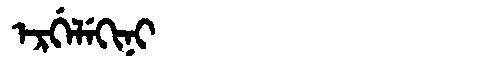
Manchu: ᡝᡵᡤᡝᠯᡝᡴᡳᠨᡳ
Romanization: ERGELEKINI